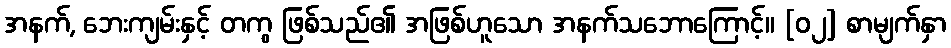
အနက်, ဘေးကျမ်းနှင့် တကွ ဖြစ်သည်၏ အဖြစ်ဟူသော အနက်သဘောကြောင့်။ [၀၂] စာမျက်နှာ